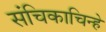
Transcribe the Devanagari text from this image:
संचिकाचिन्हे